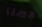
حسنا